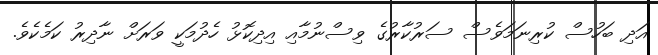
އަދި ބަހުސް ކުރިނަމަވެސް ސަރުކާރުގެ ވިސްނުމާއި އިދިކޮޅު ހެދުމަކީ ވަރަށް ނާދިރު ކަމެކެވެ.